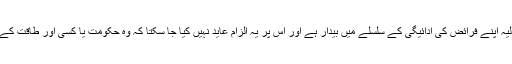
شکر ہے کہ ہندوستانی عدلیہ اپنے فرائض کی ادائیگی کے سلسلے میں بیدار ہے اور اس پر یہ الزام عاید نہیں کیا جا سکتا کہ وہ حکومت یا کسی اور طاقت کے دباو¿ میں کام کرتی ہے۔